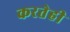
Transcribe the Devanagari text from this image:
करतेही